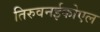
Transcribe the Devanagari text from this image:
तिरुवनईकोएल